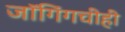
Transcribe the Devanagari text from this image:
जॉगिंगचीही